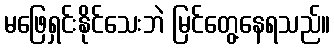
မဖြေရှင်းနိုင်သေးဘဲ မြင်တွေ့နေရသည်။